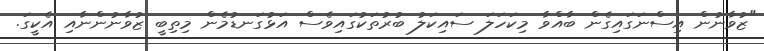
"ޒުވާނުން އިސްނަގައިގެން ބާއްވާ މިކަހަލަ ސައިކަލު ބުރުތަކުގައިވެސް އަޅުގަނޑުމެން މިތިބީ ޒުވާނުންނާއި އެކީގަ.